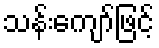
သန်းကျော်ဖြင့်